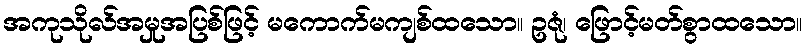
အကုသိုလ်အမှုအပြစ်ဖြင့် မကောက်မကျစ်ထသော။ ဥဇုံ၊ ဖြောင့်မတ်စွာထသော။